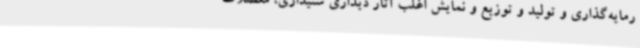
رمایه‌گذاری و تولید و توزیع و نمایش اغلب آثار دیداری شنیداری، معضلات